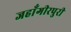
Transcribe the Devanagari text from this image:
जहाँगीरपुरी